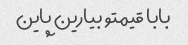
بابا قیمتو بیارین پاین